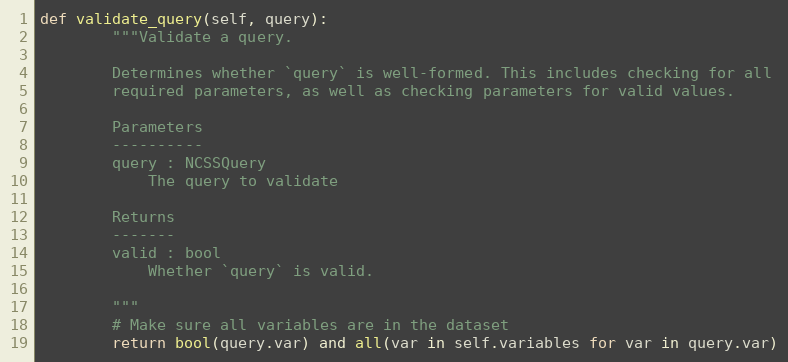
Language: Python
def validate_query(self, query):
        """Validate a query.

        Determines whether `query` is well-formed. This includes checking for all
        required parameters, as well as checking parameters for valid values.

        Parameters
        ----------
        query : NCSSQuery
            The query to validate

        Returns
        -------
        valid : bool
            Whether `query` is valid.

        """
        # Make sure all variables are in the dataset
        return bool(query.var) and all(var in self.variables for var in query.var)